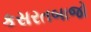
કસરતબાજો